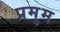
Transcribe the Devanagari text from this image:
प्रमुम